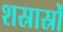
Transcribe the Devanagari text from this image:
शस्रास्रों